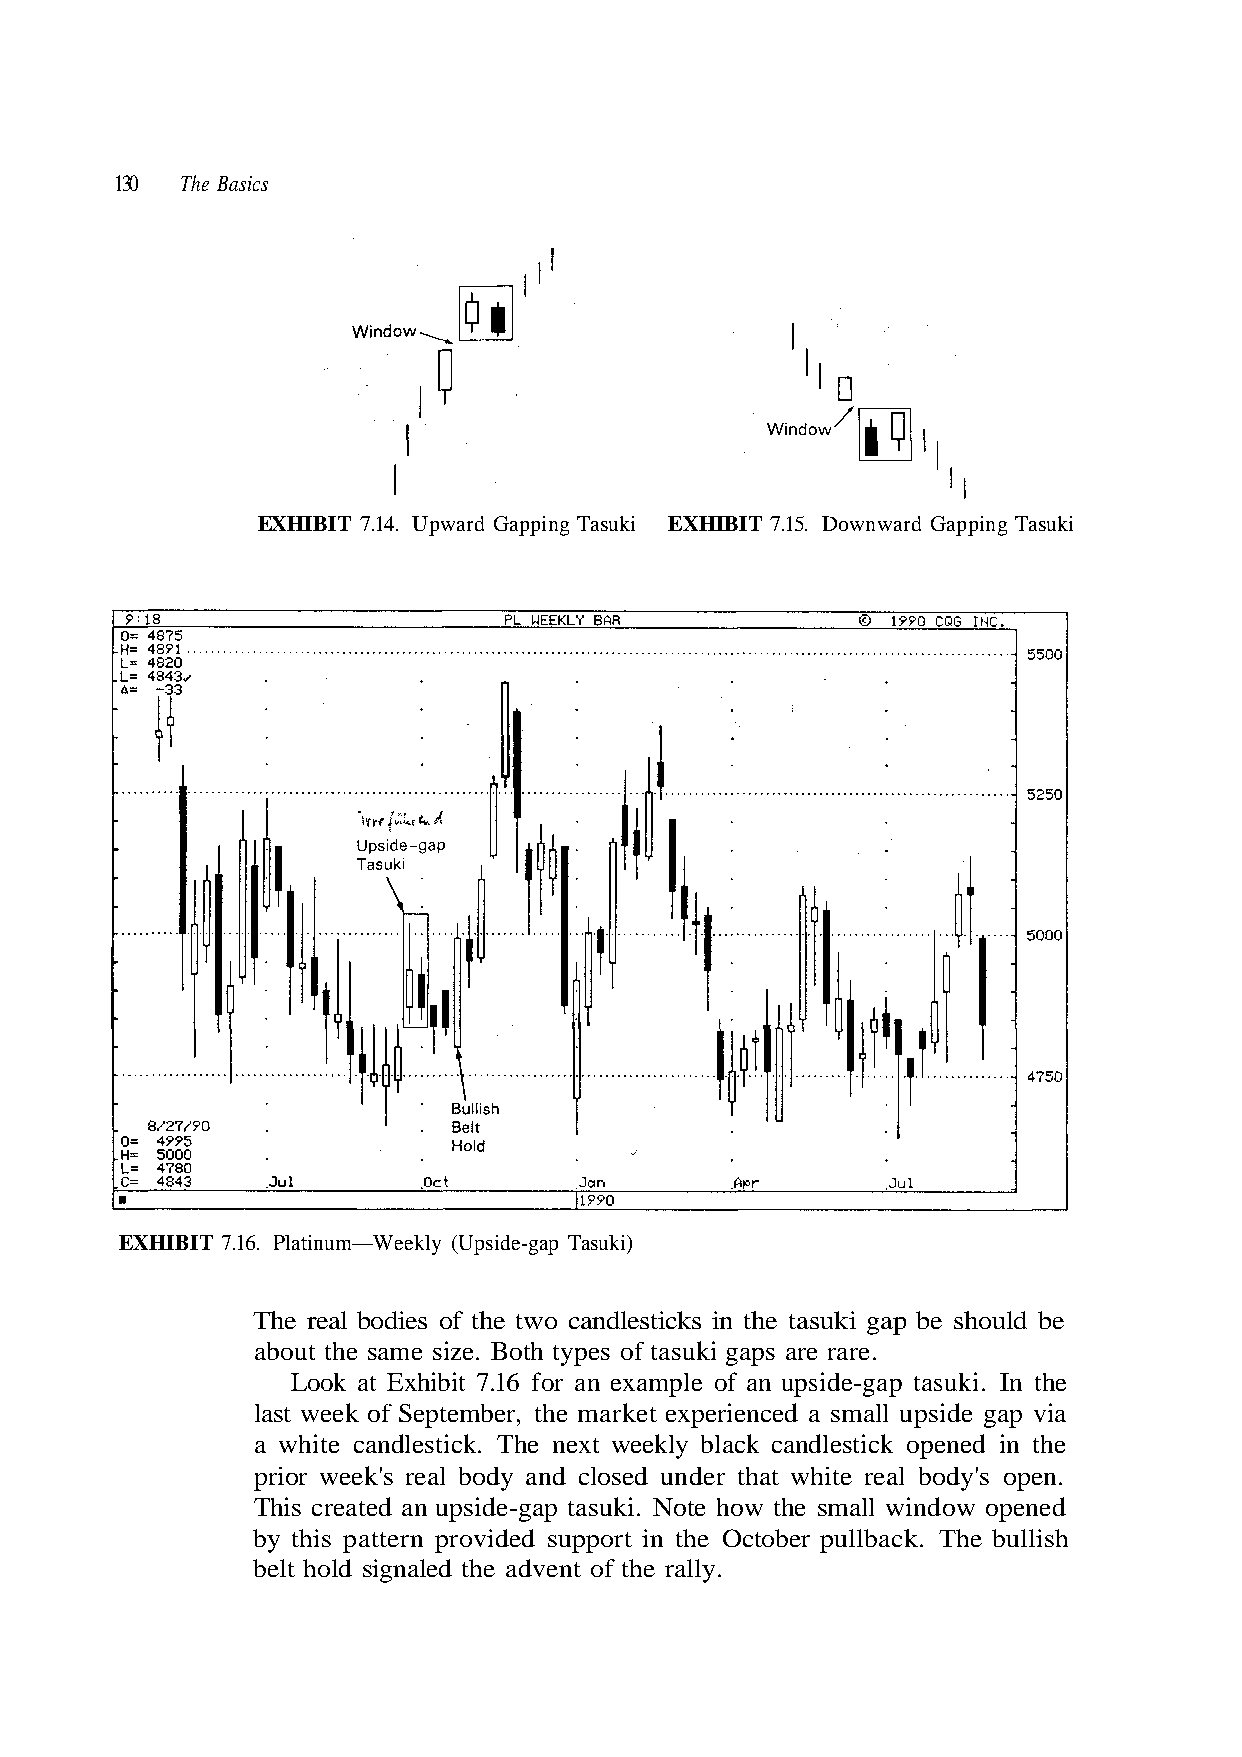
130 The Basics
 EXHIBIT 7.16. Platinum—Weekly (Upside-gap Tasuki)
 Look at Exhibit 7.16 for an example of an upside-gap tasuki. In the
 last week of September, the market experienced a small upside gap via
 This created an upside-gap tasuki. Note how the small window opened
 belt hold signaled the advent of the rally.
 h s i l l u b e h T
 n.
 k.
 e
 c
 p
 a
 e.
 o
 b
 re rar
 body's
 r pull
 Downward Gapping Tasuki
 s of tasuki gaps a
 nder that white real
 ort in the Octobe
 EXHIBIT 7.15.
 Both type
 d closed u
 ded supp
 EXHIBIT 7.14. Upward Gapping Tasuki
 The real bodies of the two candlesticks in the tasuki gap be should be
 about the same size.
 a white candlestick. The next weekly black candlestick opened in the
 prior week's real body an
 by this pattern provi